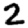
Digit: 2